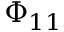
\Phi _ { 1 1 }